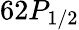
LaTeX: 62P_{1/2}